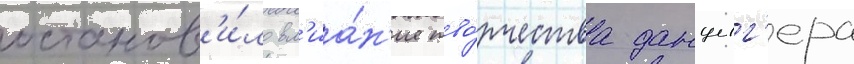
останов'и́ло вл'иа́н'ие тво́рчества данциг'ера